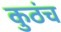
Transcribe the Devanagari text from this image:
कुठंच